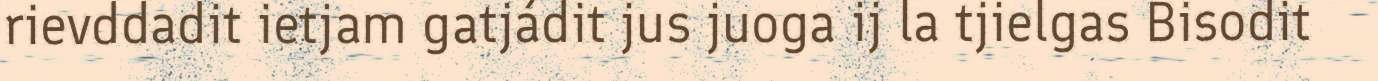
rievddadit ietjam gatjádit jus juoga ij la tjielgas Bisodit